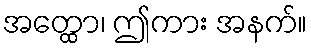
အတ္ထော၊ ဤကား အနက်။